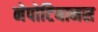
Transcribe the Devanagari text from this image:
नेपोटियानस